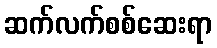
ဆက်လက်စစ်ဆေးရာ